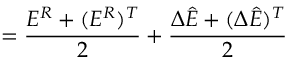
= \frac { E ^ { R } + ( E ^ { R } ) ^ { T } } { 2 } + \frac { \Delta \hat { E } + ( \Delta \hat { E } ) ^ { T } } { 2 }